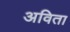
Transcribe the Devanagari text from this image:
अविता